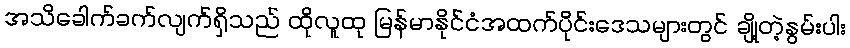
အသိခေါက်ခက်လျက်ရှိသည် ထိုလူထု မြန်မာနိုင်ငံအထက်ပိုင်းဒေသများတွင် ချို့တဲ့နွမ်းပါး